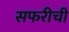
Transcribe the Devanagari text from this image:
सफरीची